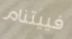
فييتنام